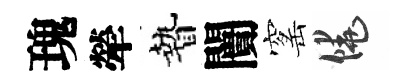
瑰犖贄闠窰饒